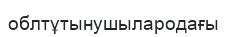
облтұтынушылародағы